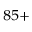
^ { 8 5 + }